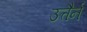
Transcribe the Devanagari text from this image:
उत्तैर्न